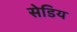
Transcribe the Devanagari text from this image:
सेडिय